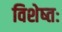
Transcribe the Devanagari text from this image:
विशेष्तः